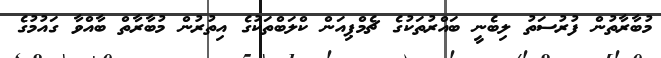
މުބާރާތުން ފުރުސަތު ލިބެނީ ބައްރުތަކުގެ ޗެމްޕިއަން ކްލަބްތަކުގެ އިތުރުން މުބާރާތް ބާއްވާ ގައުމުގެ